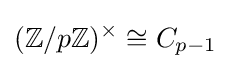
(\mathbb {Z} /p\mathbb {Z} )^{\times }\cong C_{p-1}